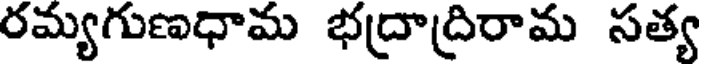
రమ్యగుణధామ భద్రాద్రిరామ సత్య